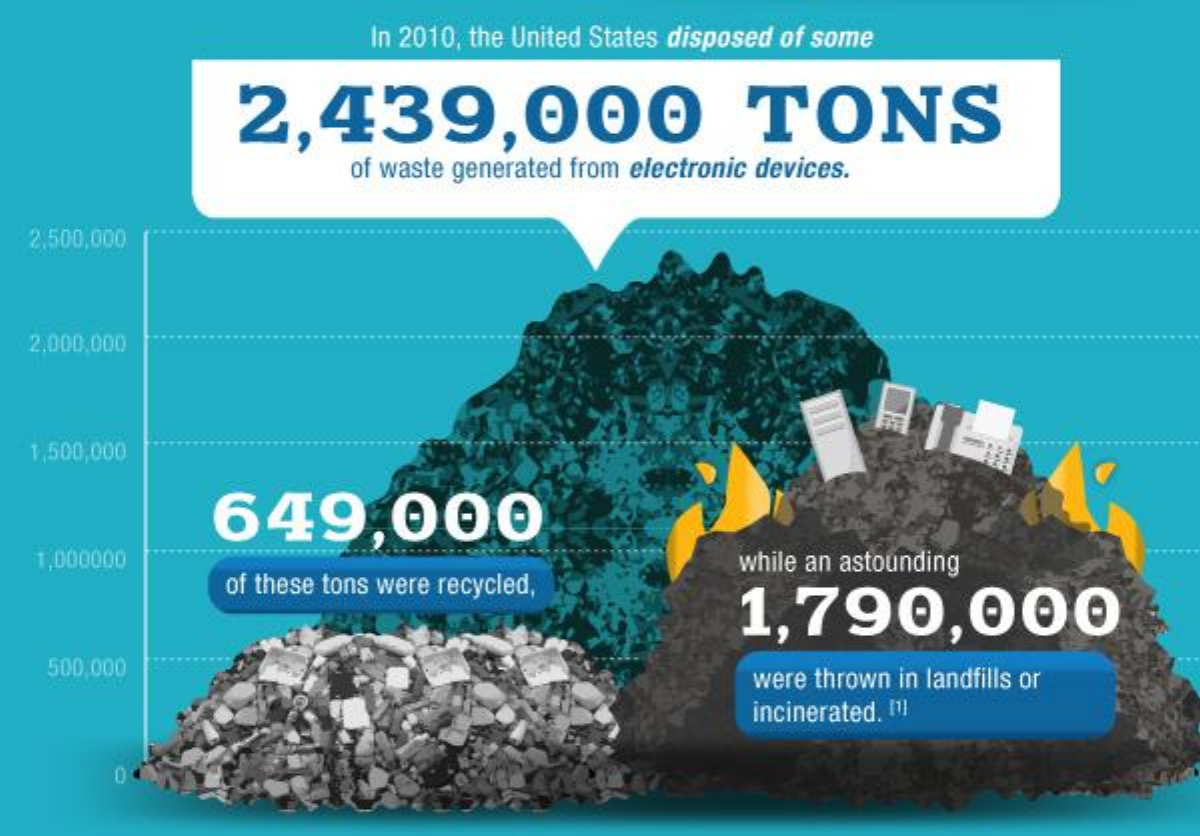
In 2010, the United States disposed of some
     2,439,000    TONS
     of waste generated from electronic devices.
   2.500,000
   2.000.000
  1,500,000
     649,000
   1,000000
     of these tons were recycled,
     while an astounding
     1,790,000
    500.000    were thrown in landfills or
     incinerated. [1]
     0